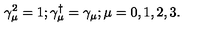
\gamma _ { \mu } ^ { 2 } = 1 ; \gamma _ { \mu } ^ { \dag } = \gamma _ { \mu } ; \mu = 0 , 1 , 2 , 3 .